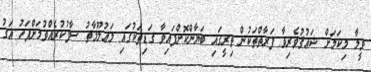
ވީމާ މިކަމަށް ޝައުޤުވެރިވާ ފަރާތްތަކުން ތިރީގައި ބަޔާންކޮށްފައިވާ ގަޑިތަކުގައި މަޢުލޫމާތު ސާފުކުރެއްވުމަށްފަހު އަގު